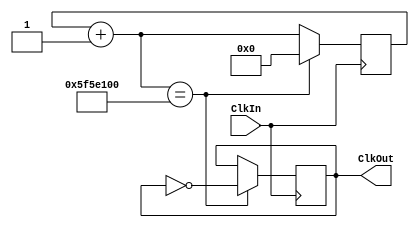
`timescale 1ns / 1ps
//////////////////////////////////////////////////////////////////////////////////
// Company: 
// Engineer: 
// 
// Design Name: 
// Module Name: Blinky_SQ
// Project Name: 
// Target Devices: 
// Tool Versions: 
// Description: 
// 
// Dependencies: 
// 
// Revision:
// Revision 0.01 - File Created
// Additional Comments:
// 
//////////////////////////////////////////////////////////////////////////////////


module Blinky_SQ(ClkIn, ClkOut);
input ClkIn;
output reg ClkOut;

reg [31:0] counter;

initial 
begin 
counter = 0;
ClkOut = 0;
end

always @ (posedge ClkIn)
begin
       counter  = counter +1;
       if (counter == 100000000)
       begin
        counter = 0;
        ClkOut = ~ ClkOut;
    end 
end 


endmodule

module TB;

reg ClkIn;
wire ClkOut;

initial        // Once time activity
ClkIn = 0; 

always          //Continuous time activity 
#5 ClkIn = ~ ClkIn;

//Instantiate 

Blinky_SQ inst0(ClkIn, ClkOut);


endmodule